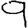
Digit: 9